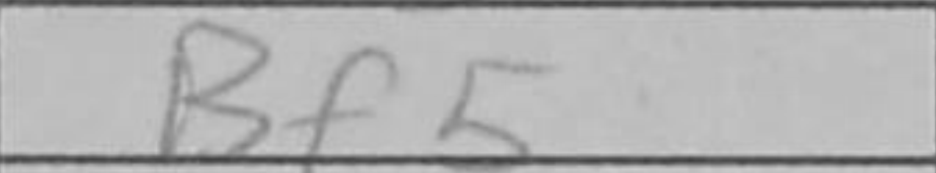
Transcription: Bf5